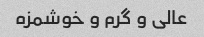
عالی و گرم و خوشمزه